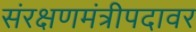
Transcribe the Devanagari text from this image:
संरक्षणमंत्रीपदावर